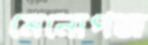
মেনোপজ